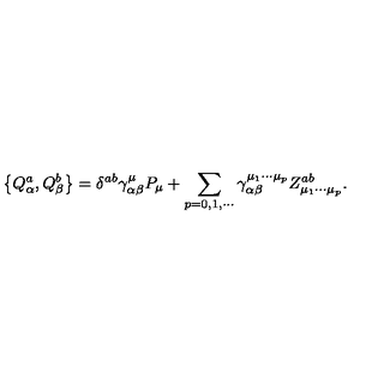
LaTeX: \left\{ Q _ { \alpha } ^ { a } , Q _ { \beta } ^ { b } \right\} = \delta ^ { a b } \gamma _ { \alpha \beta } ^ { \mu } P _ { \mu } + \sum _ { p = 0 , 1 , \cdots } \gamma _ { \alpha \beta } ^ { \mu _ { 1 } \cdots \mu _ { p } } Z _ { \mu _ { 1 } \cdots \mu _ { p } } ^ { a b } .